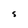
Character: S